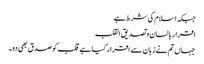
جبکہ اسلام کی شرط ہے
اقرار بالسان و تصدیق القلب
جہاں تم نے زبان سے اقرار کیا ہے قلب کو صدق بھی دو۔